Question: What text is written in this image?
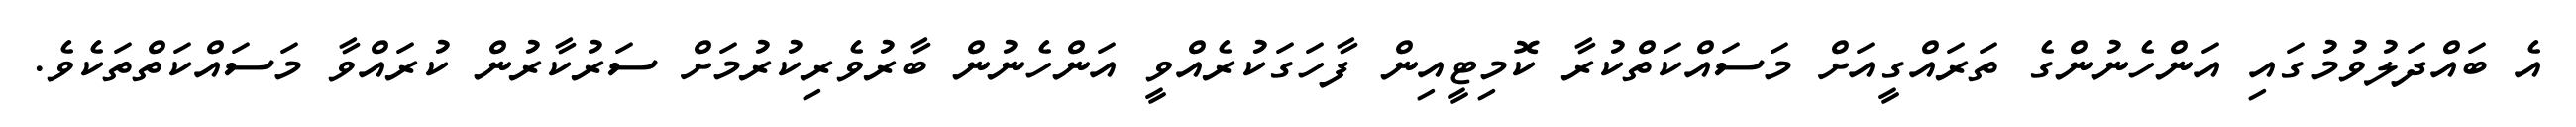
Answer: އެ ބައްދަލުވުމުގައި އަންހެނުންގެ ތަރައްގީއަށް މަސައްކަތްކުރާ ކޮމިޓީއިން ފާހަގަކުރެއްވީ އަންހެނުން ބާރުވެރިކުރުމަށް ސަރުކާރުން ކުރައްވާ މަސައްކަތްތަކެވެ.